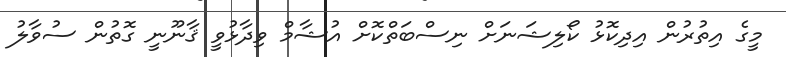
މީގެ އިތުރުން އިދިކޮޅު ކޯލިޝަނަށް ނިސްބަތްކޮށް އުޝާމް ވިދާޅުވީ ޤާނޫނީ ގޮތުން ސުވާލު